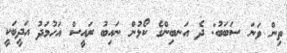
ތިން ވަނަ ސަބަބު: ދެ އަނބިންގެ ކޯޅުން ނައިބު ރައީސް އަހުމަދު އަދީބަކީ